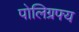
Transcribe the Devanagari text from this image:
पोलिग्रफ्य